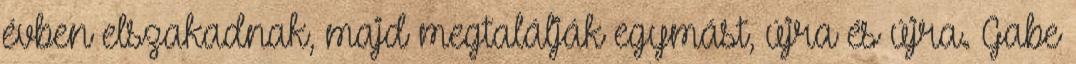
évben elszakadnak, majd megtalálják egymást, újra és újra. Gabe